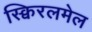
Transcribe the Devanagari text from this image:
स्क्विरलमेल